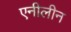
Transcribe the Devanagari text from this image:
एनीलीन